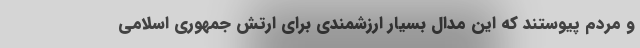
و مردم پیوستند که این مدال بسیار ارزشمندی برای ارتش جمهوری اسلامی